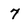
Character: 7